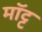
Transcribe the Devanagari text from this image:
मॉट्ट